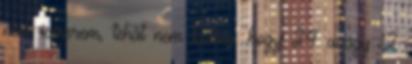
nem ismerem, tehát nem tudom, hogy 24 avagy 12